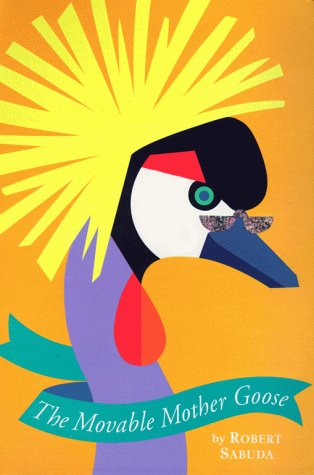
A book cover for The Movable Mother Goose; Robert Sabuda; Children's Books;